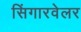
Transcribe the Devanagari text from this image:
सिंगारवेलर